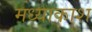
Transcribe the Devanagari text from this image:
मध्याकाश